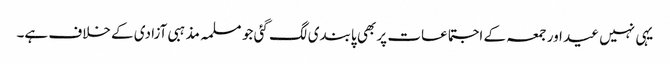
یہی نہیں عید اور جمعہ کے اجتماعات پر بھی پابندی لگ گئی جو مسلمہ مذہبی آزادی کے خلاف ہے۔